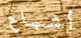
أشباح